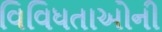
વિવિધતાઓની